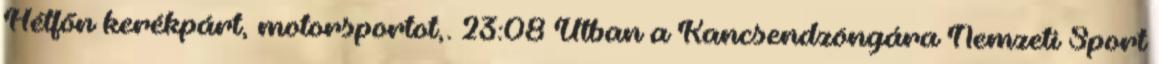
Hétfőn kerékpárt, motorsportot,. 23:08 Útban a Kancsendzöngára Nemzeti Sport